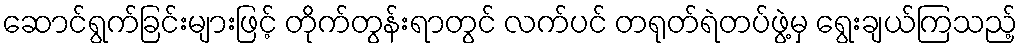
ဆောင်ရွက်ခြင်းများဖြင့် တိုက်တွန်းရာတွင် လက်ပင် တရုတ်ရဲတပ်ဖွဲ့မှ ရွေးချယ်ကြသည့်